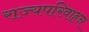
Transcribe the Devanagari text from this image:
राज्यपरिवाहन